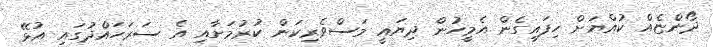
ދޯންޏެއް ކުއްޔަށް ހިފައިގެން އެމީހުން ދިޔައީ މަސްވެރިކަން ކުރުމަށާއި އެ ސަރަހައްދުގައި އުޅޭ